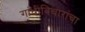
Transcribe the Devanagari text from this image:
गांधीविचारांचा